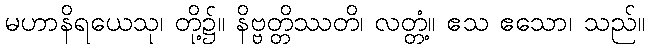
မဟာနိရယေသု၊ တို့၌။ နိဗ္ဗတ္တိဿတိ၊ လတ္တံ့။ ဧသ ဧသော၊ သည်။